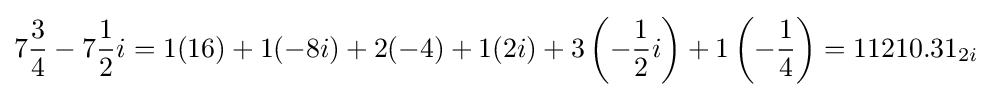
7{\frac {3}{4}}-7{\frac {1}{2}}i=1(16)+1(-8i)+2(-4)+1(2i)+3\left(-{\frac {1}{2}}i\right)+1\left(-{\frac {1}{4}}\right)=11210.31_{2i}